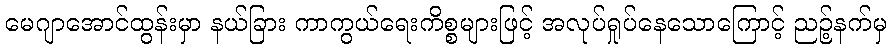
မေဂျာအောင်ထွန်းမှာ နယ်ခြား ကာကွယ်ရေးကိစ္စများဖြင့် အလုပ်ရှုပ်နေသောကြောင့် ညဉ့်နက်မှ